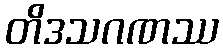
တိဒသဂဏဿ